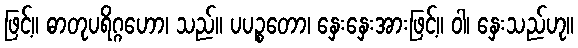
ဖြင့်။ ဓာတုပရိဂ္ဂဟော၊ သည်။ ပပဉ္စတော၊ နှေးနှေးအားဖြင့်။ ဝါ၊ နှေးသည်ဟု။